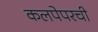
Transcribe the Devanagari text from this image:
कलपेपरची